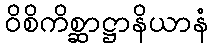
ဝိစိကိစ္ဆာဋ္ဌာနိယာနံ